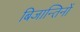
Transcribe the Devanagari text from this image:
बिजान्तिनों